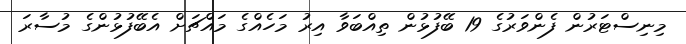
މިނިސްޓަރުން ފެންވަރުގެ 19 ބޭފުޅުން ތިއްބަވާ އިރު މަހެއްގެ މައްޗަށް އެބޭފުޅުންގެ މުސާރަ